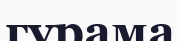
гурама